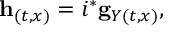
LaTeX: { } { \bf h } _ { ( t , x ) } = i ^ { * } { \bf g } _ { Y ( t , x ) } ,